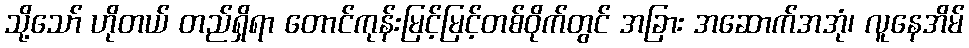
သို့သော် ဟိုတယ် တည်ရှိရာ တောင်ကုန်းမြင့်မြင့်တစ်ဝိုက်တွင် အခြား အဆောက်အအုံ၊ လူနေအိမ်